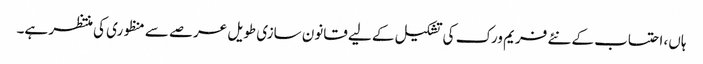
ہاں، احتساب کے نئے فریم ورک کی تشکیل کے لیے قانون سازی طویل عرصے سے منظوری کی منتظر ہے۔